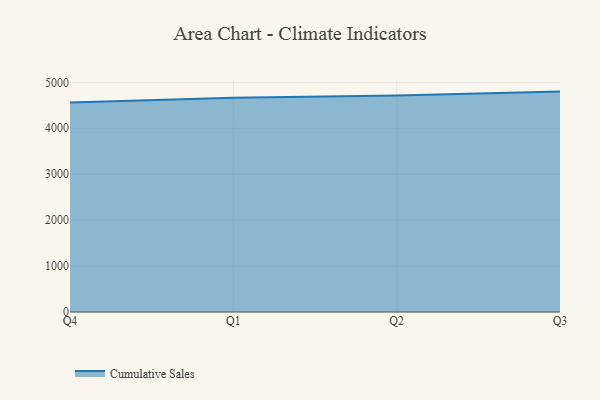
{"axis": {"x": "Quarter", "y": "Shipments"}, "legend": ["Cumulative Sales"], "data": [{"x": "Q4", "y": 4560.6, "type": "Cumulative Sales"}, {"x": "Q1", "y": 4665.2, "type": "Cumulative Sales"}, {"x": "Q2", "y": 4716.7, "type": "Cumulative Sales"}, {"x": "Q3", "y": 4798.9, "type": "Cumulative Sales"}]}